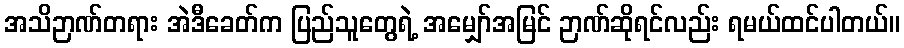
အသိဉာဏ်တရား အဲဒီခေတ်က ပြည်သူတွေရဲ့ အမျှော်အမြင် ဉာဏ်ဆိုရင်လည်း ရမယ်ထင်ပါတယ်။